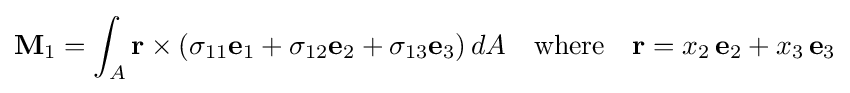
\mathbf {M} _{1}=\int _{A}\mathbf {r} \times (\sigma _{11}\mathbf {e} _{1}+\sigma _{12}\mathbf {e} _{2}+\sigma _{13}\mathbf {e} _{3})\,dA\quad {\text{where}}\quad \mathbf {r} =x_{2}\,\mathbf {e} _{2}+x_{3}\,\mathbf {e} _{3}